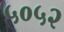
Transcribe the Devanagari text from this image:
५०५२